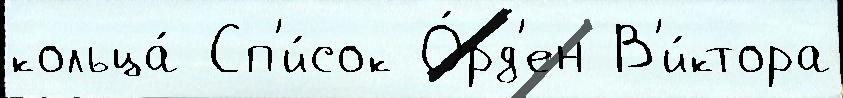
кольца́ Сп'и́сок О́рд'ен В'и́ктора